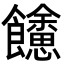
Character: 𩟳